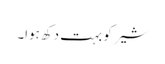
شیر کو بہت دکھ ہوا۔